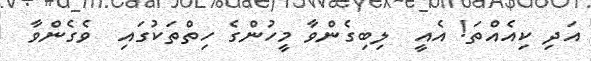
އަދި ކިއެއްތަ! އެއީ  ލިބިގެންވާ މީހުންގެ ހިތްތަކުގައި  ވެގެންވާ